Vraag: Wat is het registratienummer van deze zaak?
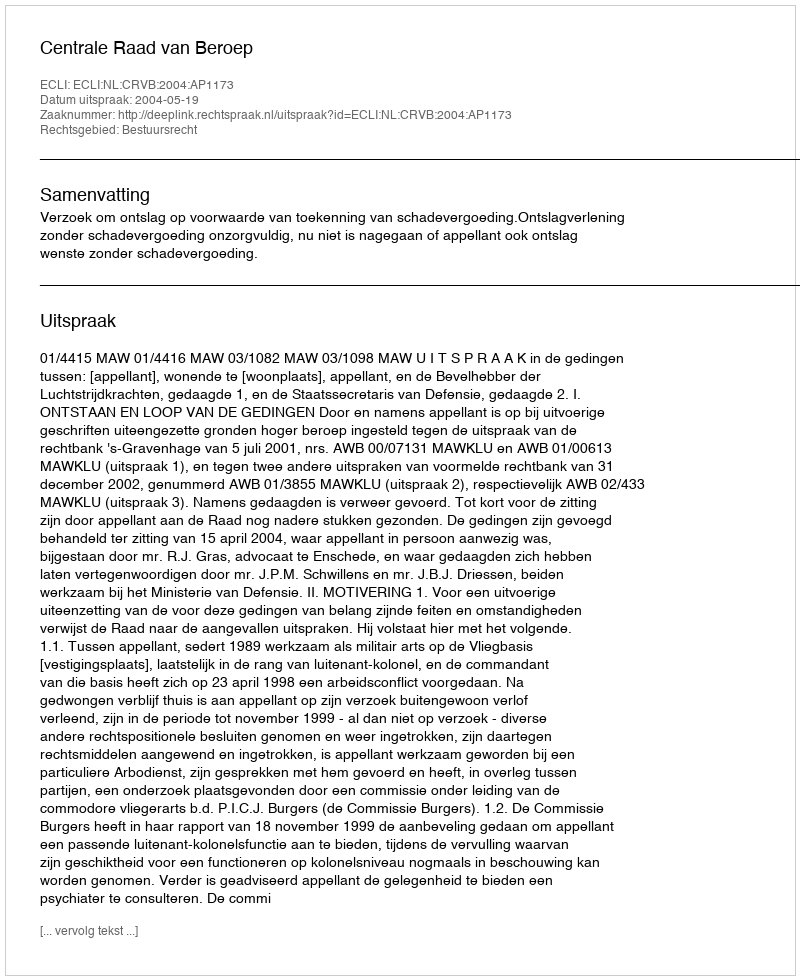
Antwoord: http://deeplink.rechtspraak.nl/uitspraak?id=ECLI:NL:CRVB:2004:AP1173